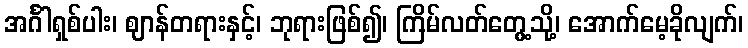
အင်္ဂါရှစ်ပါး၊ ဈာန်တရားနှင့်၊ ဘုရားဖြစ်၍၊ ကြိမ်လတ်တွေ့သို့၊ အောက်မေ့ခိုလျက်၊